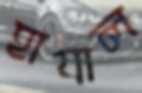
হাযাল